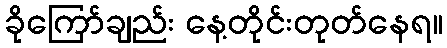
ခိုကြော်ချည်း နေ့တိုင်းတုတ်နေရ။